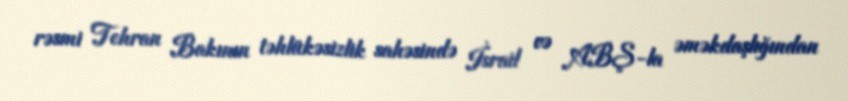
rəsmi Tehran Bakının təhlükəsizlik sahəsində İsrail və ABŞ-la əməkdaşlığından